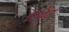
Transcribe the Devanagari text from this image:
रिमेट